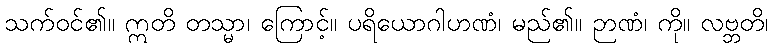
သက်ဝင်၏။ ဣတိ တသ္မာ၊ ကြောင့်။ ပရိယောဂါဟဏံ၊ မည်၏။ ဉာဏံ၊ ကို။ လဗ္ဘတိ၊